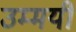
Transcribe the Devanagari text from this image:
उम्मयी